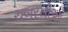
ચબરખીઓ